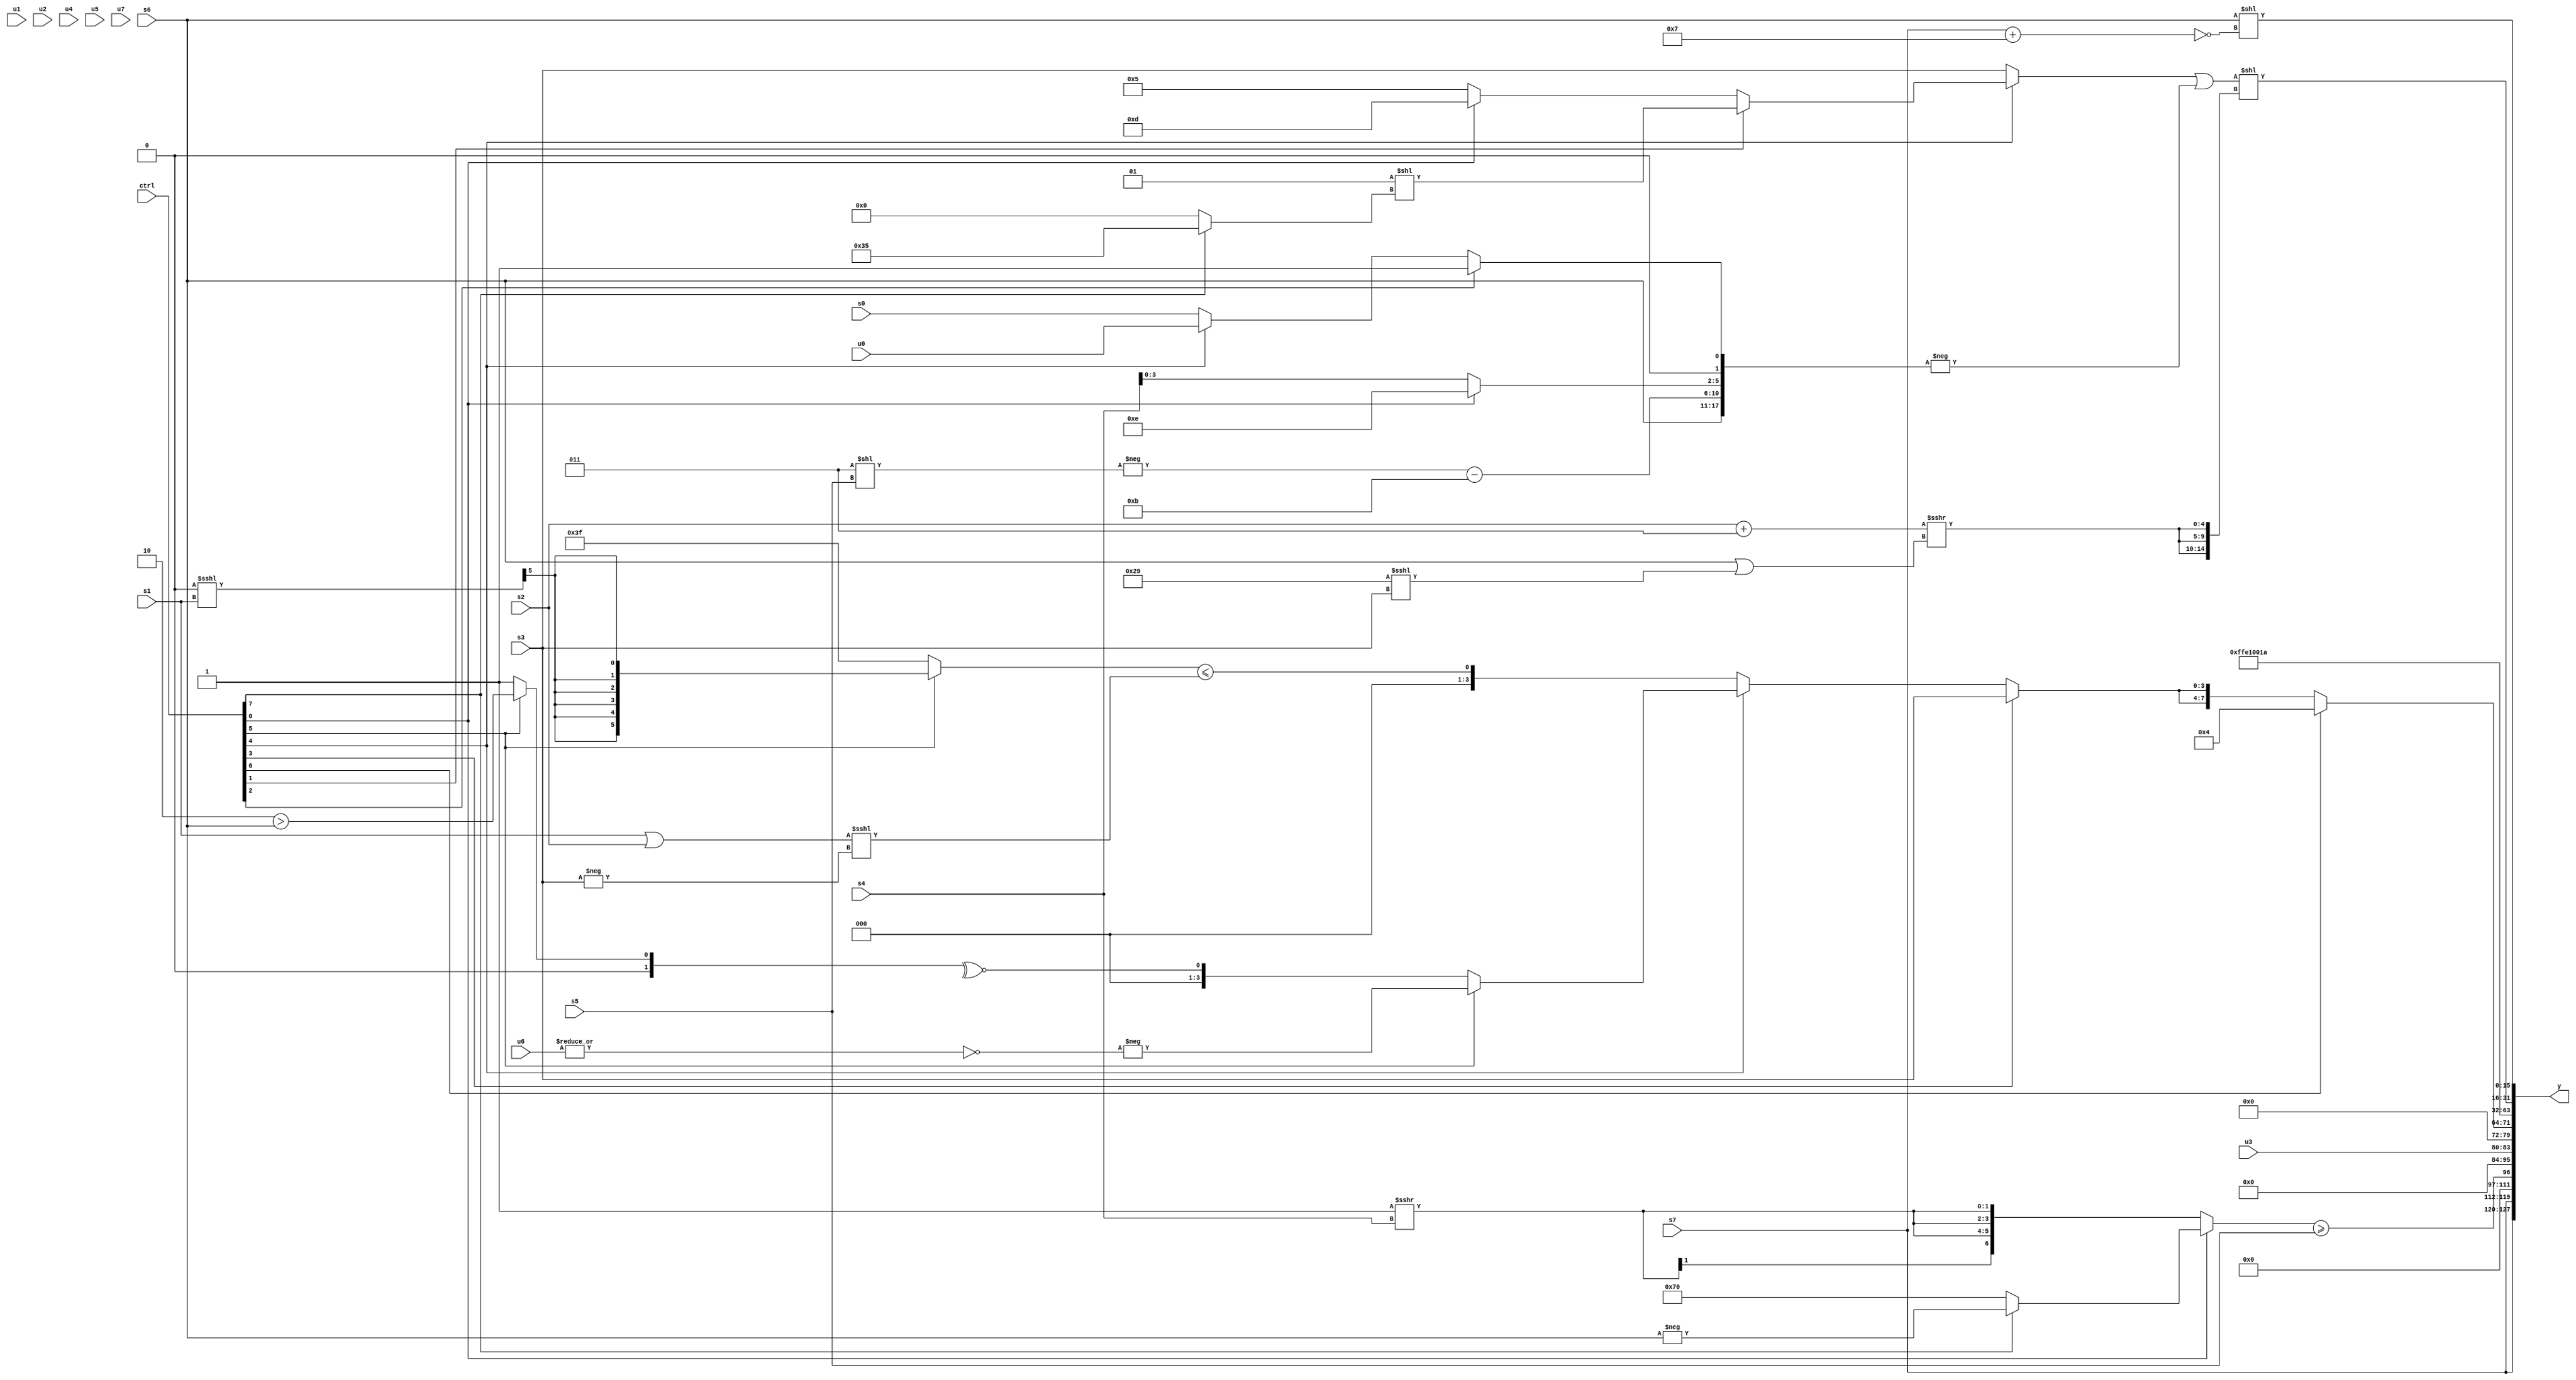
module wideexpr_00789(ctrl, u0, u1, u2, u3, u4, u5, u6, u7, s0, s1, s2, s3, s4, s5, s6, s7, y);
  input [7:0] ctrl;
  input [0:0] u0;
  input [1:0] u1;
  input [2:0] u2;
  input [3:0] u3;
  input [4:0] u4;
  input [5:0] u5;
  input [6:0] u6;
  input [7:0] u7;
  input signed [0:0] s0;
  input signed [1:0] s1;
  input signed [2:0] s2;
  input signed [3:0] s3;
  input signed [4:0] s4;
  input signed [5:0] s5;
  input signed [6:0] s6;
  input signed [7:0] s7;
  output [127:0] y;
  wire [15:0] y0;
  wire [15:0] y1;
  wire [15:0] y2;
  wire [15:0] y3;
  wire [15:0] y4;
  wire [15:0] y5;
  wire [15:0] y6;
  wire [15:0] y7;
  assign y = {y0,y1,y2,y3,y4,y5,y6,y7};
  assign y0 = {2{+(s7)}};
  assign y1 = ((ctrl[0]?(ctrl[7]?-(s6):6'sb110000):$signed({3{($signed(2'b11))>>>(s4)}})))>=(s5);
  assign y2 = u3;
  assign y3 = (ctrl[6]?4'sb0100:{2{(ctrl[3]?s3:(ctrl[4]?(ctrl[5]?-(~|(u6)):~^((ctrl[5]?(2'sb10)>(s6):$unsigned(2'sb01)))):((ctrl[5]?((6'sb000000)<<<(s1))>>>(6'b010001):(ctrl[5]?3'sb010:$signed(3'b111))))<=(((s1)|(s2))<<<(-(s3)))))}});
  assign y4 = 6'sb100001;
  assign y5 = 6'sb011010;
  assign y6 = (($signed((ctrl[4]?(ctrl[1]?(($signed(4'b0001))>>((2'sb00)<=(1'sb1)))<<((ctrl[7]?$signed(6'sb110101):1'sb0)):$signed($signed((ctrl[0]?3'sb101:4'sb0101)))):$signed(s3))))|(-({s6,($signed(-((4'sb0011)<<(s5))))-(5'sb01011),((ctrl[0]?-(4'sb0010):s4))<<<(1'sb1),(ctrl[2]?|(((4'sb1111)<<<(5'b01010))|(5'sb01001)):{1{$unsigned((ctrl[4]?u0:s0))}})})))<<({3{(+(+((s2)+(5'sb00011))))>>>($signed((s6)|((6'sb101001)<<<(s3))))}});
  assign y7 = (s6)<<(!((s7)+(-((4'sb1010)+(1'sb1)))));
endmodule